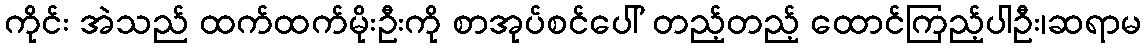
ကိုင်း အဲသည် ထက်ထက်မိုးဦးကို စာအုပ်စင်ပေါ် တည့်တည့် ထောင်ကြည့်ပါဦး၊ဆရာမ